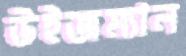
উইজম্যান